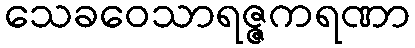
သေခဝေသာရဇ္ဇကရဏာ